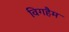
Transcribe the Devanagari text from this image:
विगहैम